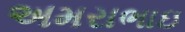
અમરાભાઇ